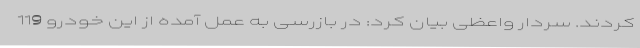
کردند. سردار واعظی بیان کرد: در بازرسی به عمل آمده از این خودرو 119